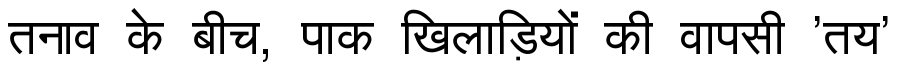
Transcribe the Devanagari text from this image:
तनाव के बीच, पाक खिलाड़ियों की वापसी 'तय'